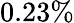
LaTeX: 0.23\%